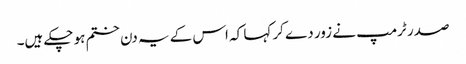
صدر ٹرمپ نے زور دے کر کہا کہ اس کے یہ دن ختم ہو چکے ہیں۔